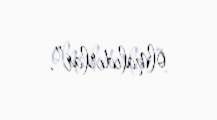
olmalıdırlar”.